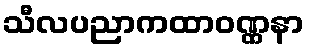
သီလပညာကထာဝဏ္ဏနာ